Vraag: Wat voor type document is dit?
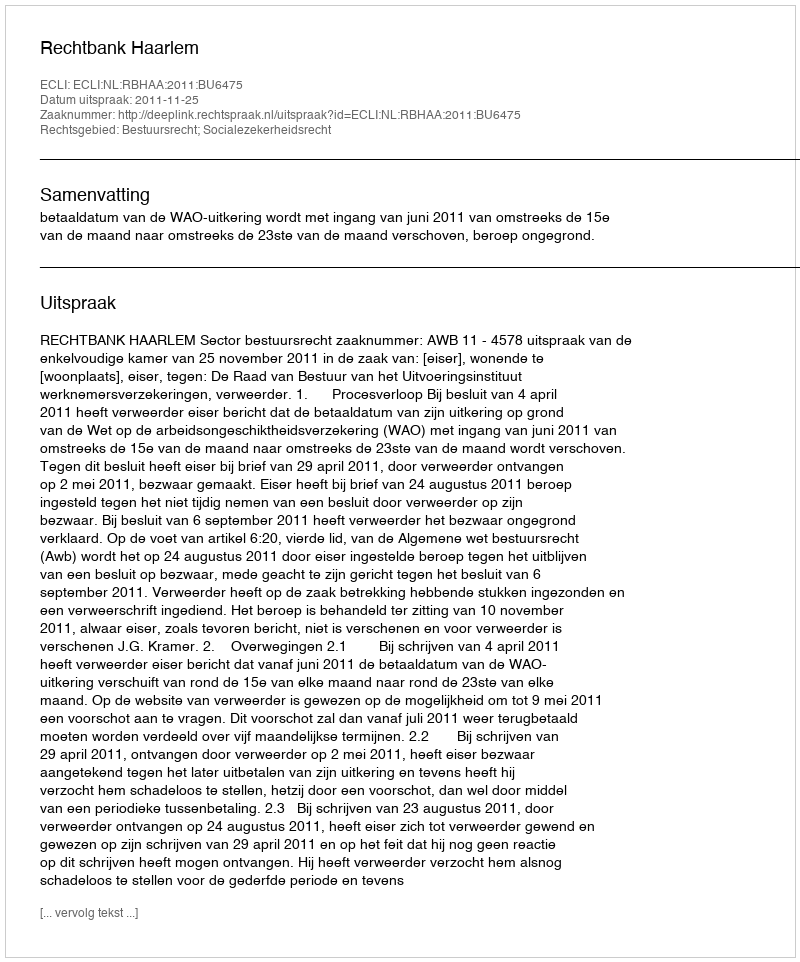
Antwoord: Uitspraak